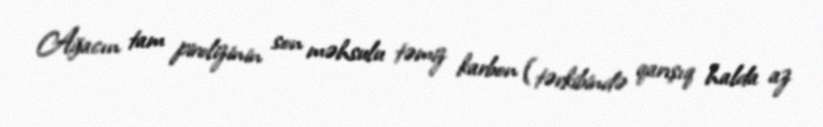
Ağacın tam pirolizinin son məhsulu təmiz karbon (tərkibində qarışıq halda az